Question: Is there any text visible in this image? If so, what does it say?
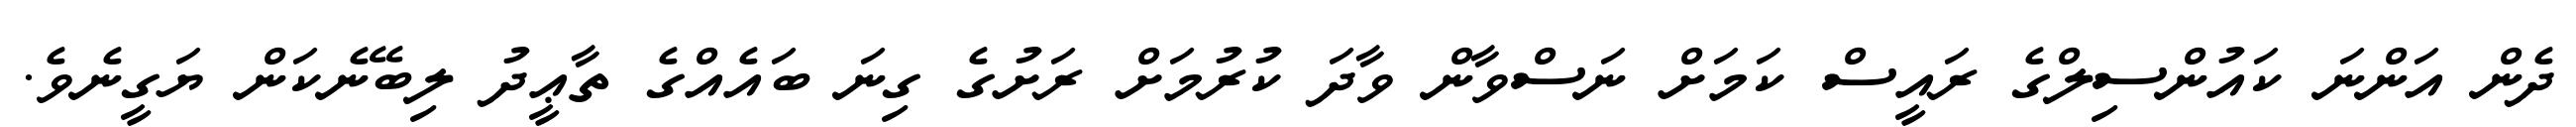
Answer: ދެން އަންނަ ކައުންސިލްގެ ރައީސް ކަމަށް ނަސްވާން ވާދަ ކުރުމަށް ރަށުގެ ގިނަ ބައެއްގެ ތާޢީދު ލިބޭނެކަން ޔަގީނެވެ.